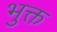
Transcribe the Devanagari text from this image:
भुक्त